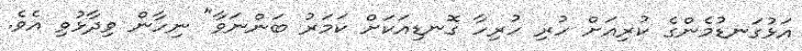
އަޅުގަނޑުމެންގެ ކުރިއަށް ހުރި ހުރިހާ ގޮނޑިއަކަށް ކަމަރު ބަންނަވާ" ނިހާން ވިދާޅުވި އެވެ.